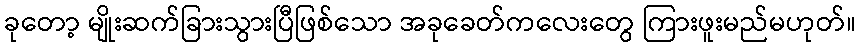
ခုတော့ မျိုးဆက်ခြားသွားပြီဖြစ်သော အခုခေတ်ကလေးတွေ ကြားဖူးမည်မဟုတ်။